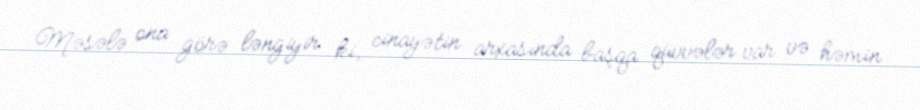
Məsələ ona görə ləngiyir ki, cinayətin arxasında başqa qüvvələr var və həmin